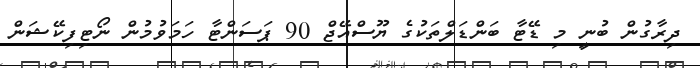
ދިރާގުން ބުނީ މި ޑޭޓާ ބަންޑަލްތަކުގެ ޔޫސްއޭޖް 90 ޕަސަންޓާ ހަމަވުމުން ނޯޓިފިކޭޝަން